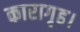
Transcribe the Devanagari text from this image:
कारागृह।